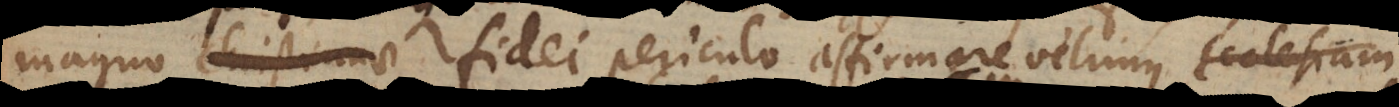
magno christianae fidei periculo affirmare velimus Ecclesiam